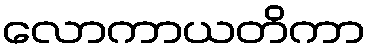
လောကာယတိကာ